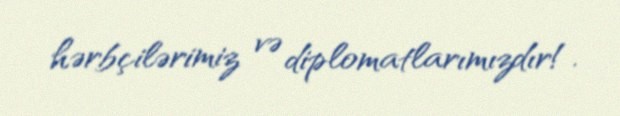
hərbçilərimiz və diplomatlarımızdır!.